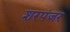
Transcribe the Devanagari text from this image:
शरपंजर